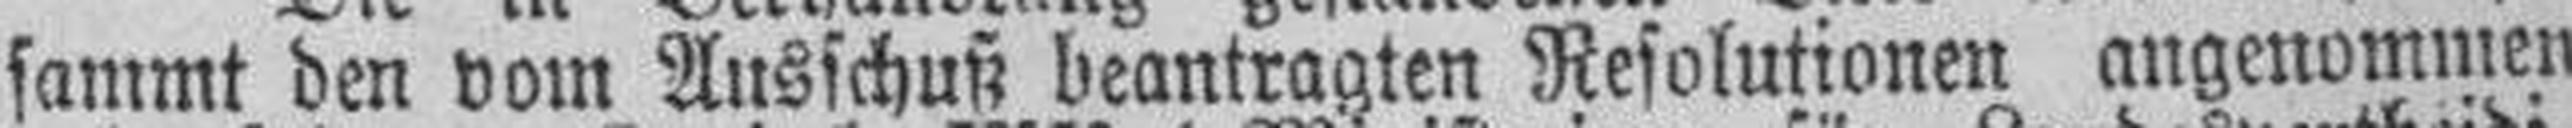
sammt den vom Ausschuß beantragten Resolutionen angenommen